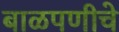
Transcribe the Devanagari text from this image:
बाळपणीचे